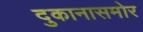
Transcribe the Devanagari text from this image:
दुकानासमोर